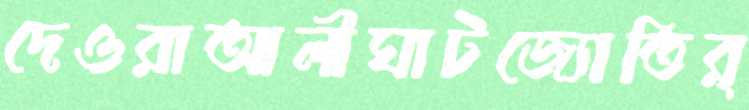
দেওরাআলীঘাটজ্যোতির্